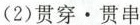
(2)贯穿·贯串